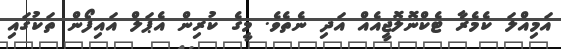
އަމިއްލަ ކެމެރާ ޓެކްނޮލޮޖީއެއް އަދި ނެތެވެ. މީގެ ކުރިން އެޕަލް އައިފޯން ތަކުގައި